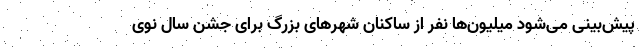
پیش‌بینی می‌شود میلیون‌ها نفر از ساکنان شهرهای بزرگ برای جشن سال نوی